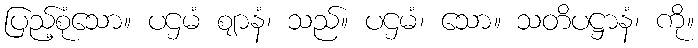
ပြည့်စုံသော။ ပဌမံ ဈာနံ၊ သည်။ ပဌမံ၊ သော။ သတိပဋ္ဌာနံ၊ ကို။